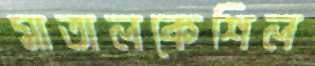
মাতালকেশিল